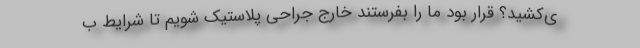
ی‌کشید؟ قرار بود ما را بفرستند خارج جراحی پلاستیک شویم تا شرایط ب